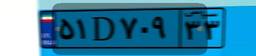
۵۱D۷۰۹۳۳